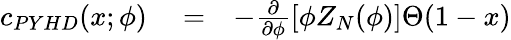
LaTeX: \begin{array}{rlr}{c_{PYHD}(x;\phi)}&{{}=}&{-\frac{\partial}{\partial\phi}[\phi Z_{N}(\phi)]\Theta(1-x)}\end{array}